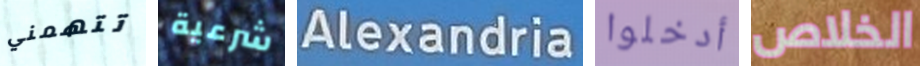
تتهمني شرعية Alexandria أدخلوا الخلاص